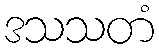
ဒသသတံ